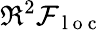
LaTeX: \Re^{2}\mathcal{F}_{\mathrm{~l~o~c~}}